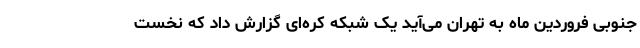
جنوبی فروردین ماه به تهران می‌آید یک شبکه کره‌ای گزارش داد که نخست